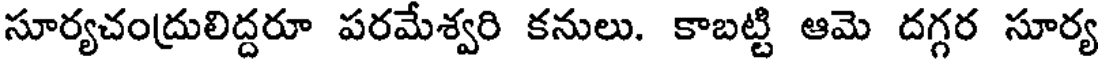
సూర్యచంద్రులిద్దరూ పరమేశ్వరి కనులు. కాబట్టి ఆమె దగ్గర సూర్య